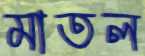
মাতল